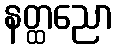
နတ္ထညော